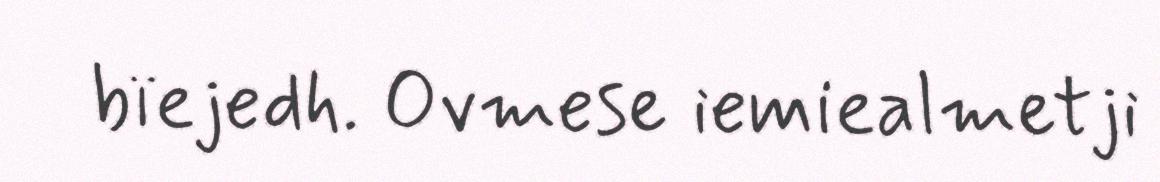
bïejedh. Ovmese iemiealmetji